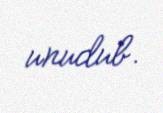
unudub.